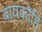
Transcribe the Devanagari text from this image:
बायकोहि